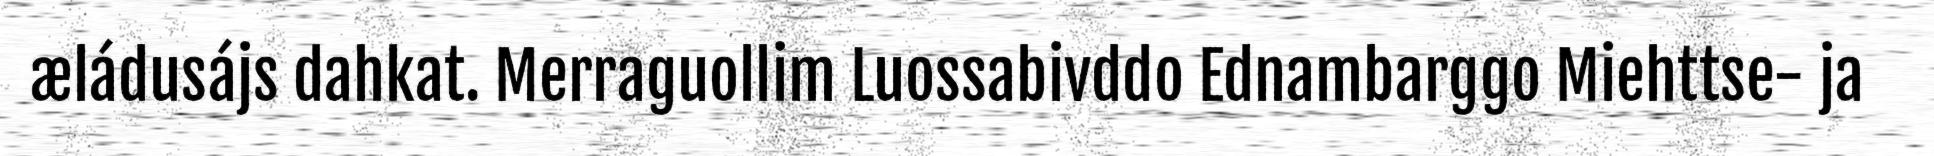
æládusájs dahkat. Merraguollim Luossabivddo Ednambarggo Miehttse- ja